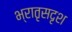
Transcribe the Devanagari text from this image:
भ्रातृसदृश